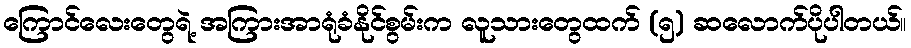
ကြောင်လေးတွေရဲ့ အကြားအာရုံခံနိုင်စွမ်းက လူသားတွေထက် (၅) ဆလောက်ပိုပါတယ်။